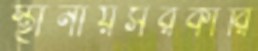
স্থানীয়সরকারি